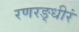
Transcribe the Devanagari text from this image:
रणरङ्धीरं